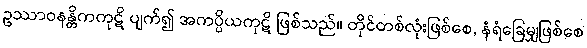
ဥဿာဝနန္တိကကုဋိ ပျက်၍ အကပ္ပိယကုဋိ ဖြစ်သည်။ တိုင်တစ်လုံးဖြစ်စေ, နံရံခြေမျှဖြစ်စေ